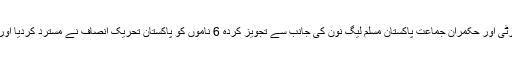
قومی احتساب بیورو کے نئے چیئرمین کی تقرری کے لیے حزب اختلاف پیپلز پارٹی اور حکمران جماعت پاکستان مسلم لیگ نون کی جانب سے تجویز کردہ 6 ناموں کو پاکستان تحریک انصاف نے مسترد کردیا اور یہ الزام عائد کیا کہ تقرری پر مسلم لیگ ن اور پیپلز پارٹی کا مک مکا ہوگیا ہے۔